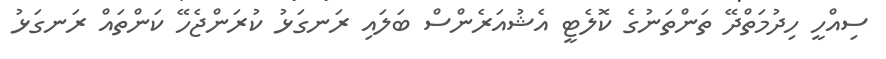
ސިއްހީ ހިދުމަތްދޭ ތަންތަނުގެ ކޮލެޓީ އެޝުއަރެންސް ބަލައި ރަނގަޅު ކުރަންޖެހޭ ކަންތައް ރަނގަޅު